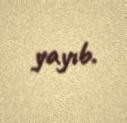
yayıb.